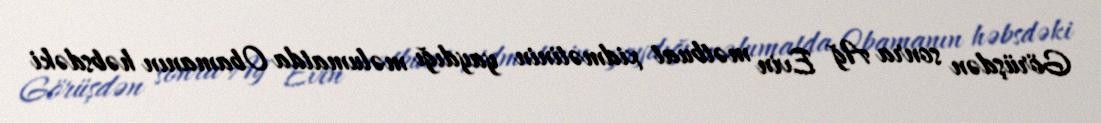
Görüşdən sonra Ağ Evin mətbuat xidmətinin yaydığı məlumatda Obamanın həbsdəki